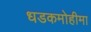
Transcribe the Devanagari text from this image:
धडकमोहीमा